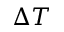
\Delta T